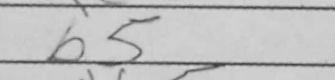
Transcription: b5